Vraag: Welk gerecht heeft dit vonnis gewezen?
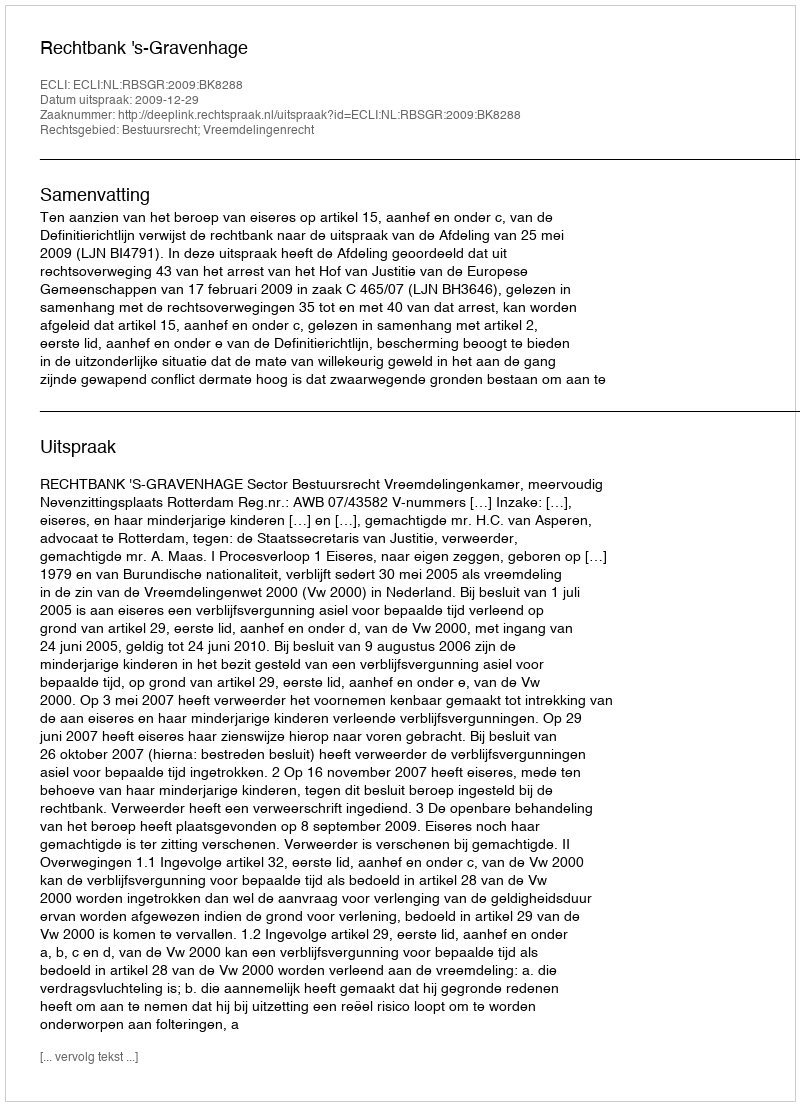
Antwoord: Rechtbank 's-Gravenhage